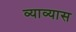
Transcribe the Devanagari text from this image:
व्याव्यास